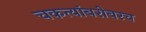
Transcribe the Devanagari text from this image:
चकत्यांबरोबरच